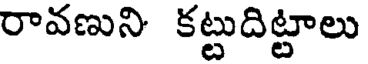
రావణుని కట్టుదిట్టాలు